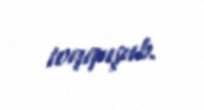
toqquşub.